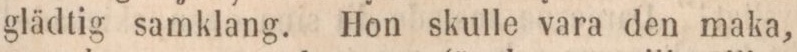
glädtig samklang. Hon skulle vara den maka,